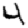
Digit: 4